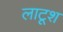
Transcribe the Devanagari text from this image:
लाटूश